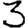
Digit: 3